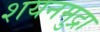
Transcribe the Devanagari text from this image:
शयनमुद्रा